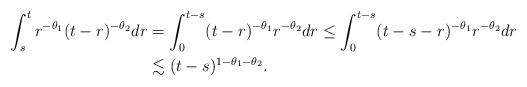
LaTeX: \begin{align*}\int_s^tr^{-\theta_1}(t-r)^{-\theta_2}dr&=\int_0^{t-s}(t-r)^{-\theta_1}r^{-\theta_2}dr\le\int_0^{t-s}(t-s-r)^{-\theta_1}r^{-\theta_2}dr\\&\lesssim(t-s)^{1-\theta_1-\theta_2}.\end{align*}